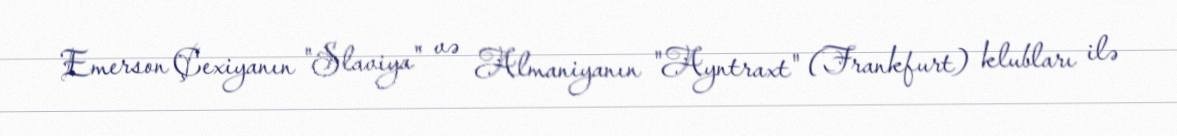
Emerson Çexiyanın "Slaviya" və Almaniyanın "Ayntraxt" (Frankfurt) klubları ilə